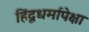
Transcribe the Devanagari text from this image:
हिंदूधर्मापेक्षा